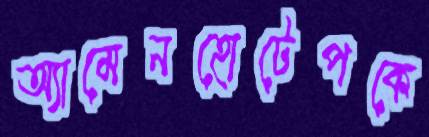
অ্যামেনহোটেপকে